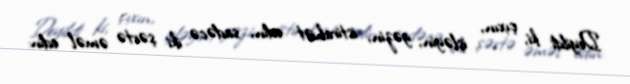
Deyildi ki, çıxın, işləyin, gəzin, istirahət edin, sadəcə iki şərtə əməl edin: